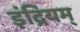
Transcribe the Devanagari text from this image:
इंद्रियम्